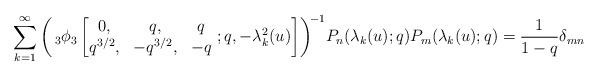
LaTeX: \begin{align*} \sum_{k=1}^{\infty}\left(\,_{3}\phi_{3}\left[\begin{matrix} 0, & q, & q\\ q^{3/2}, & -q^{3/2}, & -q \end{matrix}\ ;q, -\lambda_{k}^{2}(u) \right]\right)^{\!-1}\!P_{n}(\lambda_{k}(u);q) P_{m}(\lambda_{k}(u);q) =\frac{1}{1-q}\delta_{mn} \end{align*}